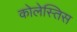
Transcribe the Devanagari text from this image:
कोलेस्तिस